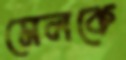
মেলকে